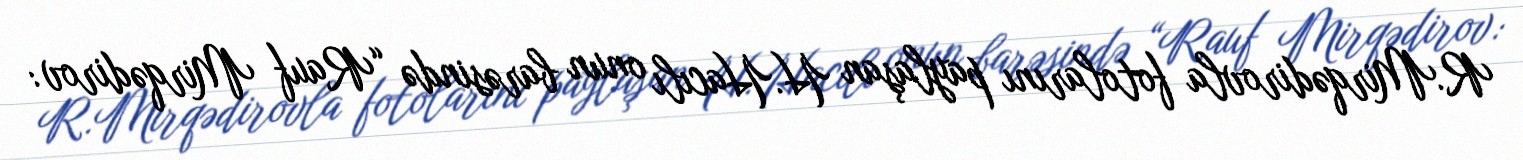
R.Mirqədirovla fotolarını paylaşan H.Hacılı onun barəsində “Rauf Mirqədirov: